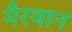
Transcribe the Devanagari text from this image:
मैरवान